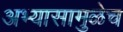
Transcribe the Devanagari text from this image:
अभ्यासामुळेच